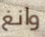
وانغ